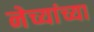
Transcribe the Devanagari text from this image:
नेच्यांच्या